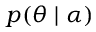
p ( \theta \mid \alpha )